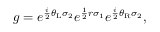
g = e ^ { \frac { i } { 2 } \theta _ { \mathrm { L } } \sigma _ { 2 } } e ^ { \frac { 1 } { 2 } r \sigma _ { 1 } } e ^ { \frac { i } { 2 } \theta _ { \mathrm { R } } \sigma _ { 2 } } ,